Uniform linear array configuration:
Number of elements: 64
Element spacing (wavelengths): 0.5
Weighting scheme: cosine
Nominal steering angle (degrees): -30
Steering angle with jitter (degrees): -30.021
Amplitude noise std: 0.05
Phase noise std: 0.05

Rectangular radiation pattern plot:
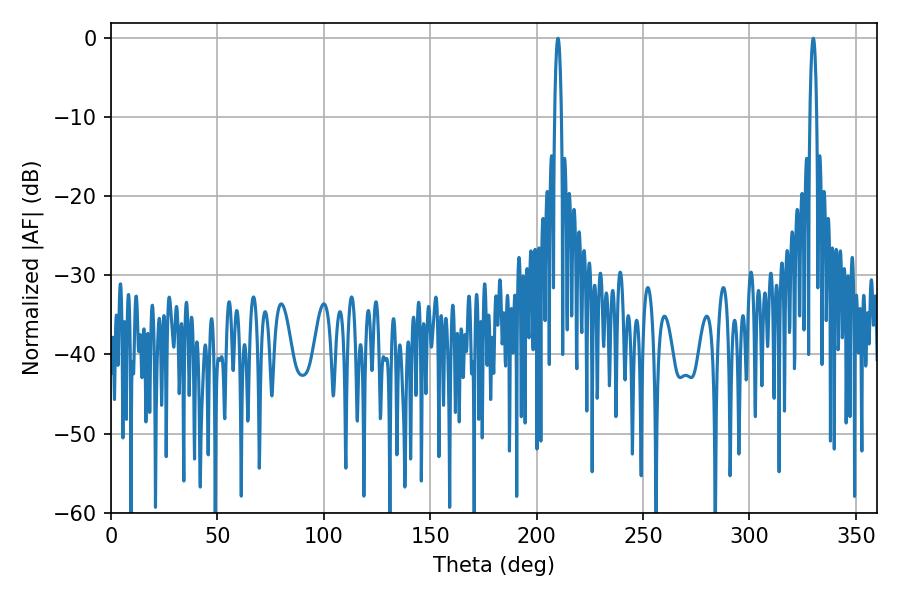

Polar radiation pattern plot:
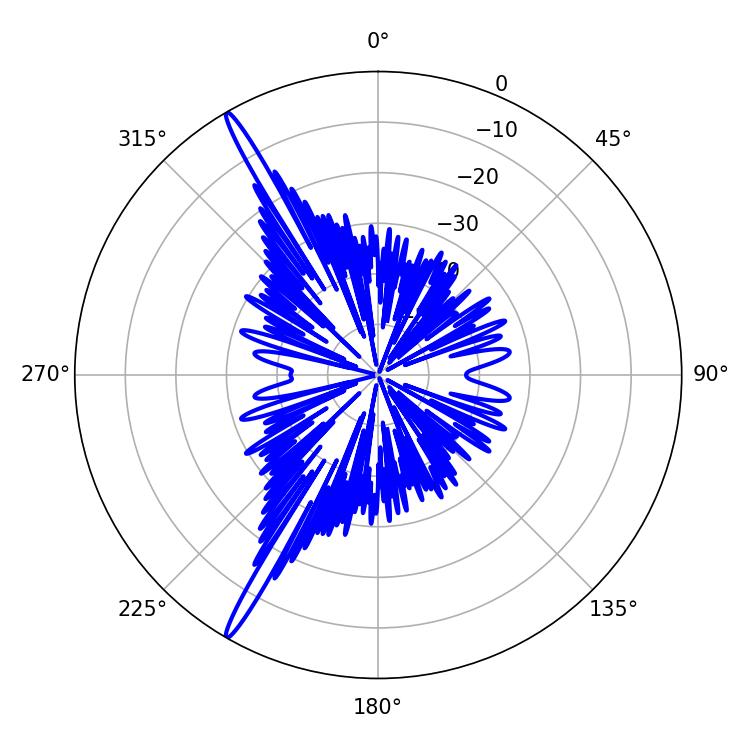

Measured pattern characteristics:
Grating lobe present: FALSE
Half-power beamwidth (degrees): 1.8
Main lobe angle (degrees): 329.94